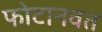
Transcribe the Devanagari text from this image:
फोटानवत